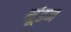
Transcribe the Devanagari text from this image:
मूंडन